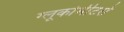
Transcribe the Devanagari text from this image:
ग्लूकोमीटरों